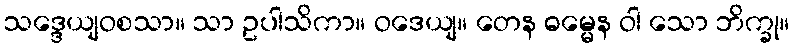
သဒ္ဒေယျဝစသာ။ သာ ဥပါသိကာ။ ဝဒေယျ။ တေန ဓမ္မေန ဝါ သော ဘိက္ခု။